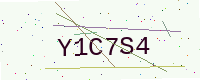
Text: Y1C7S4